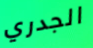
الجدري